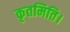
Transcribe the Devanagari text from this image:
कृतमिति।